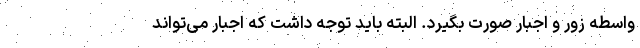
واسطه زور و اجبار صورت بگیرد. البته باید توجه داشت که اجبار می‌تواند